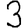
Digit: 3